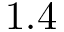
1 . 4